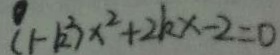
( 1 - k ^ { 2 } ) x ^ { 2 } + 2 k x - 2 = 0